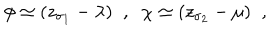
\phi \simeq ( z _ { \sigma _ { 1 } } - \lambda ) \; \; , \; \; \chi \simeq ( z _ { \sigma _ { 2 } } - \mu ) \; \; ,